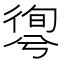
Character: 𢕊